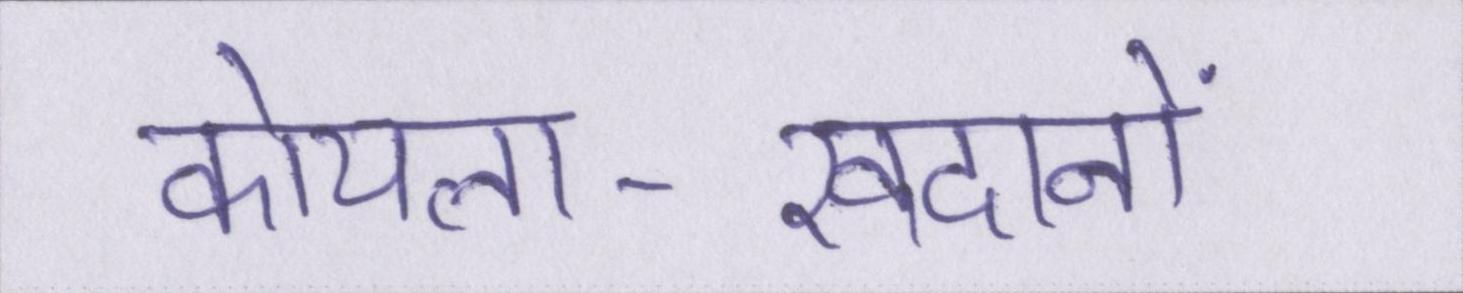
कोयला-खदानों